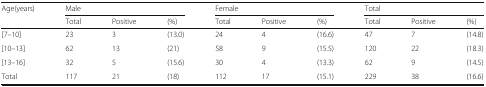
| <ROWSPAN=2> Age(years) | <COLSPAN=3> Male | <COLSPAN=3> Female | <COLSPAN=3> Total |
 | Total | Positive | (%) | Total | Positive | (%) | Total | Positive | (%) |
 | --- | --- | --- | --- | --- | --- | --- | --- | --- | --- |
 | [7–10] | 23 | 3 | (13.0) | 24 | 4 | (16.6) | 47 | 7 | (14.8) |
 | [10–13] | 62 | 13 | (21) | 58 | 9 | (15.5) | 120 | 22 | (18.3) |
 | [13–16] | 32 | 5 | (15.6) | 30 | 4 | (13.3) | 62 | 9 | (14.5) |
 | Total | 117 | 21 | (18) | 112 | 17 | (15.1) | 229 | 38 | (16.6) |